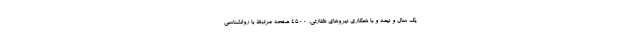
یک سال و نیمه و با همکاری نیروهای نظارتی، ۴۵۰۰ صفحه مرتبط با روانشناسی